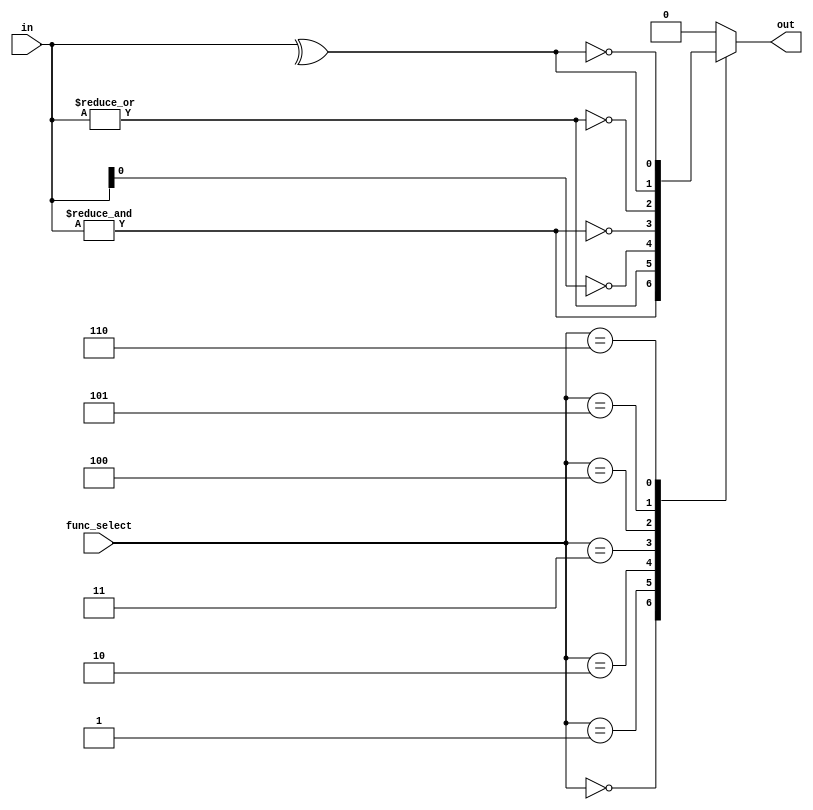
module combinational_logic_block #(
    parameter N = 4, // Number of inputs
    parameter M = 1  // Number of outputs
)(
    input  wire [N-1:0] in,          // N-bit input
    input  wire [2:0] func_select,    // Function select lines
    output reg  [M-1:0] out           // M-bit output
);

// Define function selection encoding
localparam FUN_AND  = 3'b000;
localparam FUN_OR   = 3'b001;
localparam FUN_NOT  = 3'b010;
localparam FUN_NAND = 3'b011;
localparam FUN_NOR  = 3'b100;
localparam FUN_XOR  = 3'b101;
localparam FUN_XNOR = 3'b110;

always @(*) begin
    // Default output
    out = 0;

    case (func_select)
        FUN_AND: begin
            out = &in; // AND operation
        end
        FUN_OR: begin
            out = |in; // OR operation
        end
        FUN_NOT: begin
            out = ~in[0]; // NOT operation (only on the first input)
        end
        FUN_NAND: begin
            out = ~( &in ); // NAND operation
        end
        FUN_NOR: begin
            out = ~( |in ); // NOR operation
        end
        FUN_XOR: begin
            out = ^in; // XOR operation
        end
        FUN_XNOR: begin
            out = ~(^in); // XNOR operation
        end
        default: begin
            out = 0; // Default case
        end
    endcase
end

endmodule